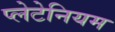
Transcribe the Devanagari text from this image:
प्लेटेनियम